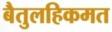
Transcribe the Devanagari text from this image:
बैतुलहिकमत